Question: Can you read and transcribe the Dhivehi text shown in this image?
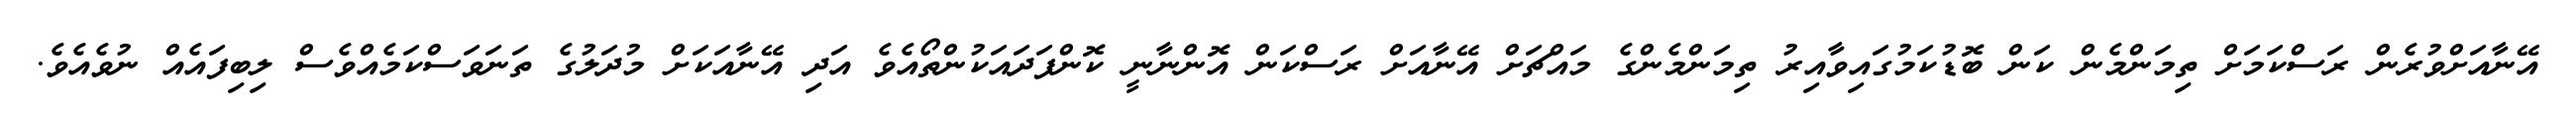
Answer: އޭނާއަށްވުރެން ރަސްކަމަށް ތިމަންމެން ކަން ބޮޑުކަމުގައިވާއިރު ތިމަންމެންގެ މައްޗަށް އޭނާއަށް ރަސްކަން އޮންނާނީ ކޮންފަދައަކުންތޯއެވެ އަދި އޭނާއަކަށް މުދަލުގެ ތަނަވަސްކަމެއްވެސް ލިބިފައެއް ނުވެއެވެ.